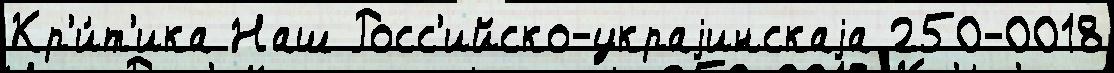
Кр'и́т'ика Наш Росс'ийско-украjинскаjа 250-0018